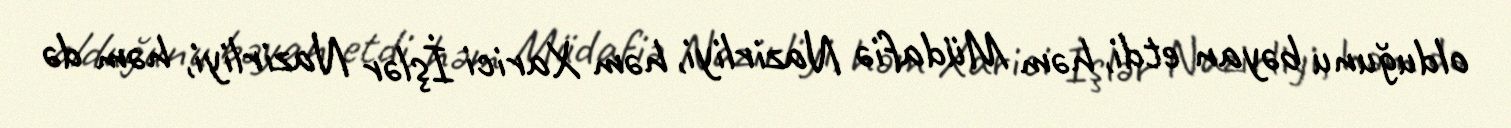
olduğunu bəyan etdi, həm Müdafiə Nazirliyi, həm Xarici İşlər Nazirliyi, həm də